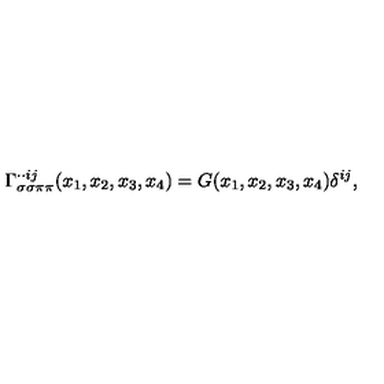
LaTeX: \Gamma _ { \sigma \sigma \pi \pi } ^ { \cdot \cdot i j } ( x _ { 1 } , x _ { 2 } , x _ { 3 } , x _ { 4 } ) = G ( x _ { 1 } , x _ { 2 } , x _ { 3 } , x _ { 4 } ) \delta ^ { i j } ,